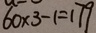
6 0 \times 3 - 1 = 1 7 9